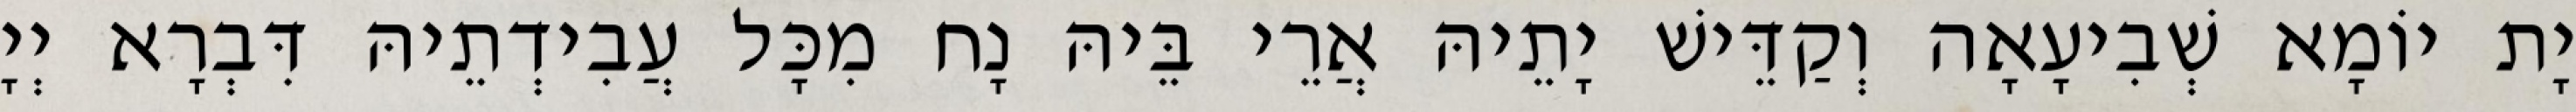
יָת יוֹמָא שְׁבִיעָאָה וְקַדֵּישׁ יָתֵיהּ אֲרֵי בֵּיהּ נָח מִכָּל עֲבִידְתֵיהּ דִּבְרָא יְיָ